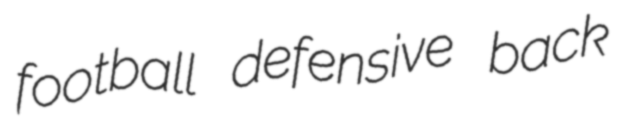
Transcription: football defensive back